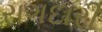
રાગદારી